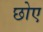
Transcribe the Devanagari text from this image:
छोए